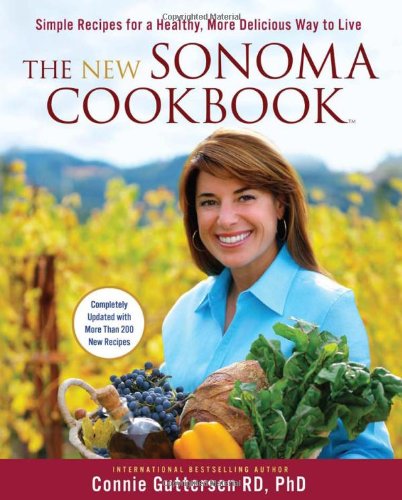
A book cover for The New Sonoma Cookbook: Simple Recipes for a Healthy, More Delicious Way to Live; Dr. Connie Guttersen RD  PhD; Cookbooks, Food & Wine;